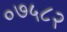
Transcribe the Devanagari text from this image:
०७५८२